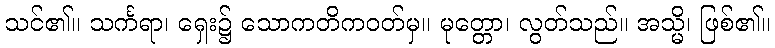
သင်၏။ သင်္ကရာ၊ ရှေး၌ သောကတိကဝတ်မှ။ မုတ္တော၊ လွတ်သည်။ အသ္မိ၊ ဖြစ်၏။